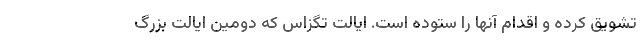
تشویق کرده و اقدام آنها را ستوده است. ایالت تگزاس که دومین ایالت بزرگ